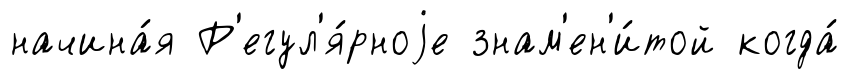
начина́я Р'егул'я́рноjе знам'ен'и́той когда́